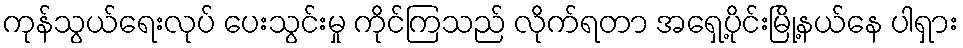
ကုန်သွယ်ရေးလုပ် ပေးသွင်းမှု ကိုင်ကြသည် လိုက်ရတာ အရှေ့ပိုင်းမြို့နယ်နေ ပါရှား